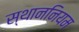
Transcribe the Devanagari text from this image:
स्थाननियम